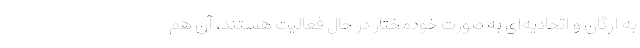
به ارگان و اتحادیه‌ای به صورت خودمختار در حال فعالیت‌ هستند، آن هم